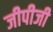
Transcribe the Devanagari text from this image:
जीपीजी